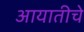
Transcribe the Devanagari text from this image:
आयातीचे